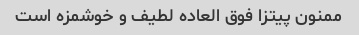
ممنون پیتزا فوق العاده لطیف و خوشمزه است